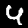
Label: 4